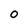
Character: o